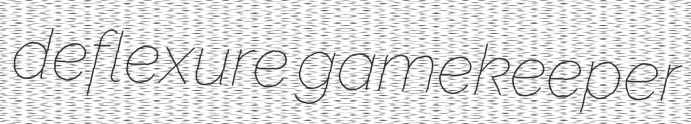
deflexure gamekeeper